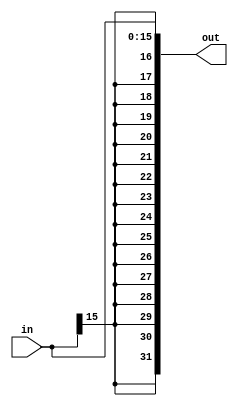
`timescale 1ns / 1ps

////////////////////////////////////////////////////////////////////////////////
// ECE369 - Computer Architecture
// 
// Module - SignExtension.v
// Description - Sign extension module.
////////////////////////////////////////////////////////////////////////////////

module SignExtension(in, out);

    /* A 16-Bit input word */
    input [15:0] in;
    
    /* A 32-Bit output word */
    output [31:0] out;
    
    /* Fill in the implementation here ... */
    assign out = {{16{in[15]}}, in};

endmodule